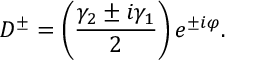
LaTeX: D ^ { \pm } = \left( \frac { \gamma _ { 2 } \pm i \gamma _ { 1 } } { 2 } \right) e ^ { \pm i \varphi } .